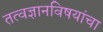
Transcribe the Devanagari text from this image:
तत्वज्ञानविषयांचा